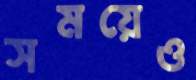
সময়েও